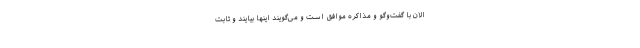
الان با گفت‌وگو و مذاکره موافق است و می‌گویند اینها بیایند و ثابت